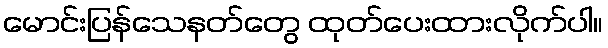
မောင်းပြန်သေနတ်တွေ ထုတ်ပေးထားလိုက်ပါ။